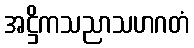
အဋ္ဌိကသညာသဟဂတံ